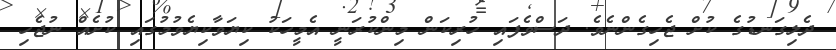
ދެލިގަނޑުގެ ކުށް ޖެހިގެންނެވެ. ދަސްވެފައި ހުރިކަން މިންކުރަނީ އެމީހަކު ކިޔަވާކިޔެވުމުގައި ކުށެއް ނުޖެހި